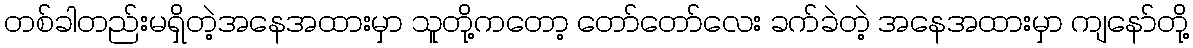
တစ်ခါတည်းမရှိတဲ့အနေအထားမှာ သူတို့ကတော့ တော်တော်လေး ခက်ခဲတဲ့ အနေအထားမှာ ကျနော်တို့